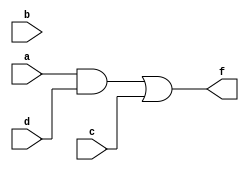
module q1a(a, b, c, d, f);
input a, b, c, d;
output f;

assign f = (a & d) | c;
endmodule